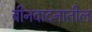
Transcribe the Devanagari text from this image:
बीनवादनातील